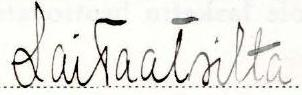
Laitaatsilta